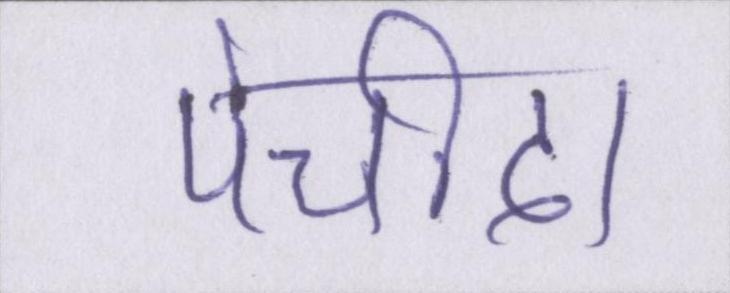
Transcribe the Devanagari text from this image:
पेचीदा